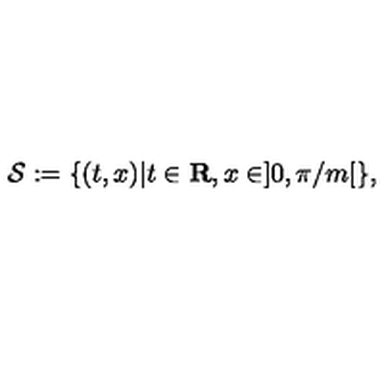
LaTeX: { \mathcal { S } } : = \{ ( t , x ) | t \in { \bf { R } } , x \in ] 0 , \pi / m [ \} ,